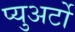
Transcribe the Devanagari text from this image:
प्युअर्टो